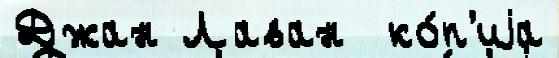
Джан Лаван  ко́п'иjа